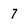
Character: 7